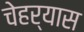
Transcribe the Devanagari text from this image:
चेहर्‍यास